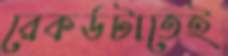
রেকর্ডটাতেই